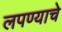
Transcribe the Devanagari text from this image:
लपण्याचे